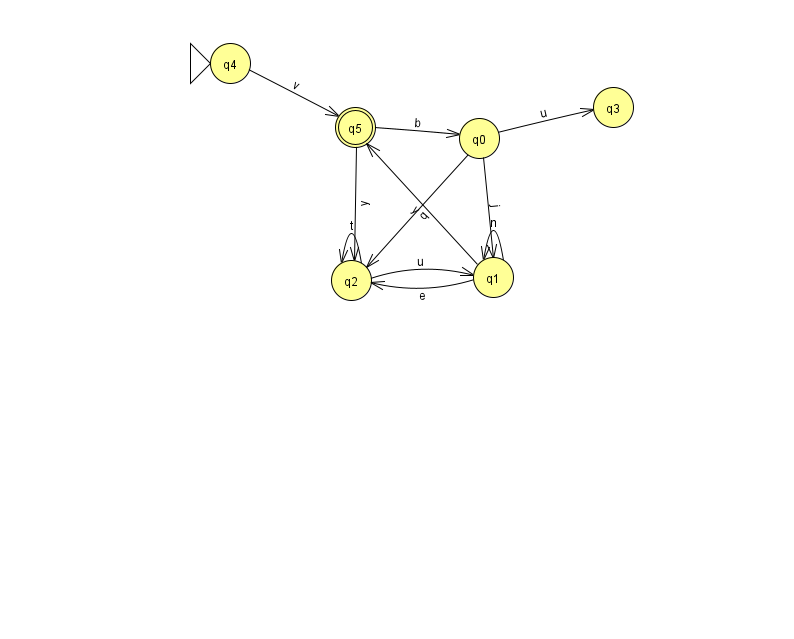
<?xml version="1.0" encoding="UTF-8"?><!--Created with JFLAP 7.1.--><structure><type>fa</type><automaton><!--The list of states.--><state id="0" name="q0"><x>479.0</x><y>125.0</y></state><state id="1" name="q1"><x>493.0</x><y>264.0</y></state><state id="2" name="q2"><x>351.0</x><y>267.0</y></state><state id="3" name="q3"><x>613.0</x><y>94.0</y></state><state id="4" name="q4"><x>230.0</x><y>50.0</y><initial/></state><state id="5" name="q5"><x>355.0</x><y>114.0</y><final/></state><!--The list of transitions.--><transition><from>0</from><to>1</to><read>j</read></transition><transition><from>0</from><to>3</to><read>u</read></transition><transition><from>4</from><to>5</to><read>v</read></transition><transition><from>2</from><to>2</to><read>t</read></transition><transition><from>5</from><to>2</to><read>y</read></transition><transition><from>0</from><to>2</to><read>q</read></transition><transition><from>1</from><to>5</to><read>y</read></transition><transition><from>1</from><to>2</to><read>e</read></transition><transition><from>2</from><to>1</to><read>u</read></transition><transition><from>5</from><to>0</to><read>b</read></transition><transition><from>1</from><to>1</to><read>n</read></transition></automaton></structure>